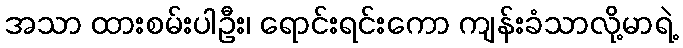
အသာ ထားစမ်းပါဦး၊ ရောင်းရင်းကော ကျန်းခံသာလို့မာရဲ့